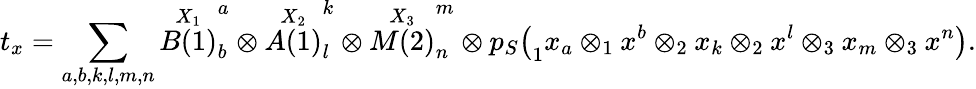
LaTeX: t_{x}=\sum_{a,b,k,l,m,n}\overset{X_{1}}{B(1)}_{b}^{a}\otimes\overset{X_{2}}{A(1)}_{l}^{k}\otimes\overset{X_{3}}{M(2)}_{n}^{m}\otimes p_{S}\big(_{1}x_{a}\otimes_{1}x^{b}\otimes_{2}x_{k}\otimes_{2}x^{l}\otimes_{3}x_{m}\otimes_{3}x^{n}\big).